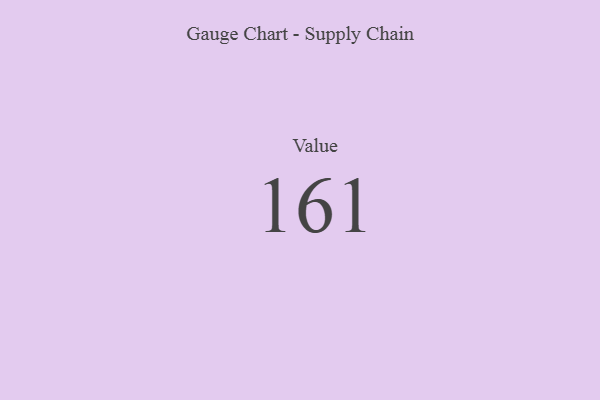
{"axis": {"x": "Metric", "y": "Value"}, "legend": [""], "data": [{"x": "Value", "y": 161, "type": ""}]}